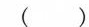
( )